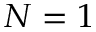
N = 1